Subject: cs
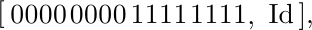
LaTeX code:
\begin{tikzpicture}[
nd/.style={outer sep=0, inner sep=2,right},
arr/.style={{Stealth[length=1.2mm]}-{Stealth[length=1.2mm]}},
]
\draw
 +(0     ,0) node[nd]     {[}
++(1.1ex, 0) node[nd] (0) {0}
++(1.2ex ,0) node[nd] (1) {0}
++(1.2ex ,0) node[nd] (2) {0}
++(1.2ex ,0) node[nd] (3) {0}
++(1.4ex ,0) node[nd] (4) {0}
++(1.2ex ,0) node[nd] (5) {0}
++(1.2ex ,0) node[nd] (6) {0}
++(1.2ex ,0) node[nd] (7) {0}
++(1.5ex ,0) node[nd] (8) {1}
++(1.2ex ,0) node[nd] (9) {1}
++(1.2ex ,0) node[nd] (a) {1}
++(1.2ex ,0) node[nd] (b) {1}
++(1.4ex ,0) node[nd] (c) {1}
++(1.2ex ,0) node[nd] (d) {1}
++(1.2ex ,0) node[nd] (e) {1}
++(1.2ex ,0) node[nd] (f) {1}
 +(1.2ex ,-0.4em) node[nd]{,}
 +(2.2ex ,-0.07em) node[nd, right] {\ $\mathrm{Id}$\,],};
\end{tikzpicture}